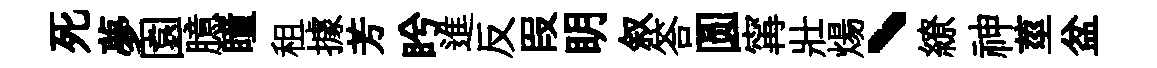
死夢園臆瞳租據芳盻進反叚眀叙答圆𡩋壯煬丶繚神莖盆